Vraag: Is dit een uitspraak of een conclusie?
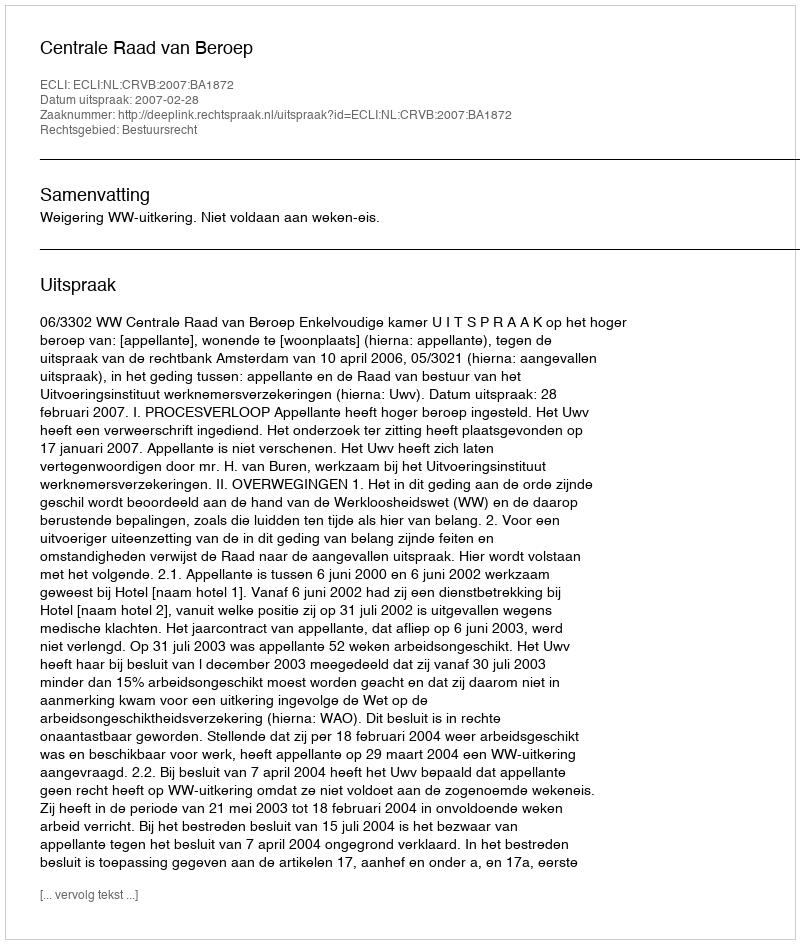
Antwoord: Uitspraak